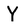
Character: Y